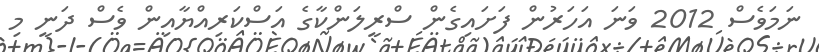
ނަމަވެސް 2012 ވަނަ އަހަރުން ފަށައިގެން ސްރީލަންކާގެ އަސްކަރިއްޔާއިން ވެސް ދަނީ މި